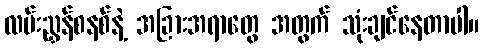
လမ်းညွှန်စနစ်နဲ့ အခြားအရာတွေ အတွက် သုံးချင်နေတာပါ။